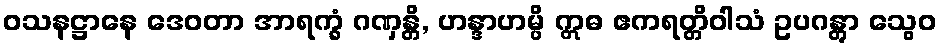
ဝသနဋ္ဌာနေ ဒေဝတာ အာရက္ခံ ဂဏှန္တိ, ဟန္ဒာဟမ္ပိ ဣဓ ဧကရတ္တိဝါသံ ဥပဂန္တွာ သွေဝ